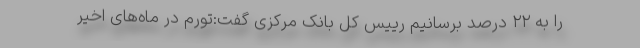
را به ۲۲ درصد برسانیم رییس کل بانک مرکزی گفت:تورم در ماه‌های اخیر